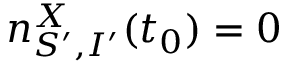
n _ { S ^ { \prime } , I ^ { \prime } } ^ { X } ( t _ { 0 } ) = 0